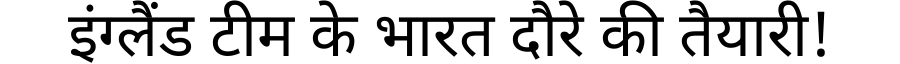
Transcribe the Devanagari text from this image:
इंग्लैंड टीम के भारत दौरे की तैयारी!